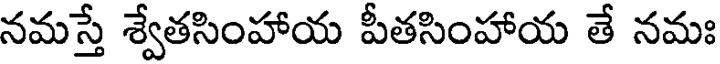
నమస్తే శ్వేతసింహాయ పీతసింహాయ తే నమః